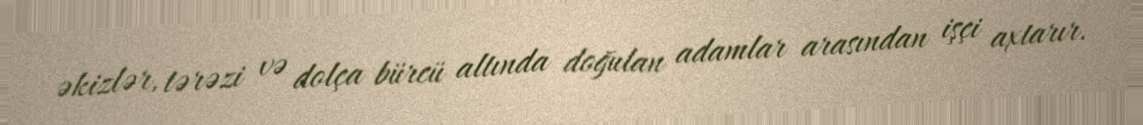
əkizlər, tərəzi və dolça bürcü altında doğulan adamlar arasından işçi axtarır.